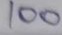
100